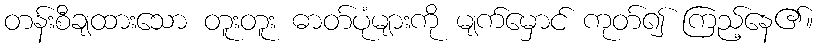
တန်းစီချထားသော တူးတူး ဓာတ်ပုံများကို မျက်မှောင် ကုတ်၍ ကြည့်နေ၏။